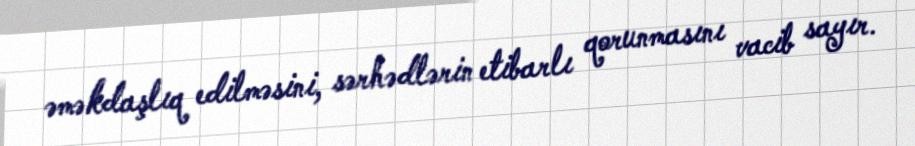
əməkdaşlıq edilməsini, sərhədlərin etibarlı qorunmasını vacib sayır.